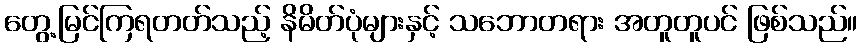
တွေ့မြင်ကြရတတ်သည့် နိမိတ်ပုံများနှင့် သဘောတရား အတူတူပင် ဖြစ်သည်။